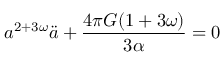
a ^ { 2 + 3 \omega } \ddot { a } + \frac { 4 \pi G ( 1 + 3 \omega ) } { 3 \alpha } = 0